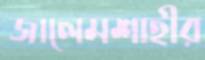
জালেমশাহীর